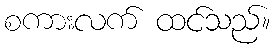
စကားလက် ထင်သည်။